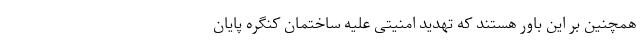
همچنین بر این باور هستند که تهدید امنیتی علیه ساختمان کنگره پایان